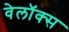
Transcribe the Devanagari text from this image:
वेलॉक्स